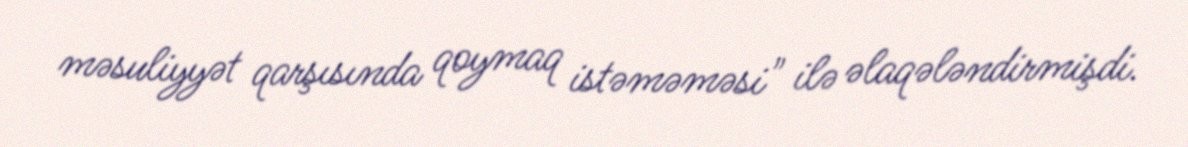
məsuliyyət qarşısında qoymaq istəməməsi" ilə əlaqələndirmişdi.